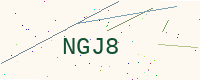
Text: NGJ8